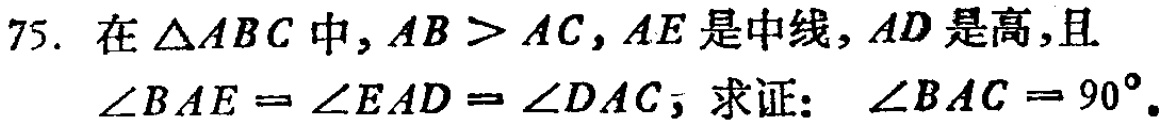
75. 在$\triangle ABC$中，$AB > AC$，$AE$是中线，$AD$是高，且$\angle BAE = \angle EAD = \angle DAC$，求证：$\angle BAC = 90^{\circ}$。